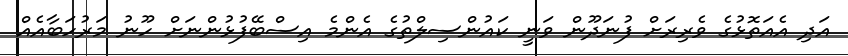
އަދި އެއަތޮޅުގެ ވެރިރަށް ފުނަދޫން ވަނީ ކައުންސިލްތުގެ އެންމެ އިސްބޭފުޅުންނަށް ހޫނު މަރުހަބާއެއް